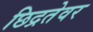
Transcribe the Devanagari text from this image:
छिद्रतेवर